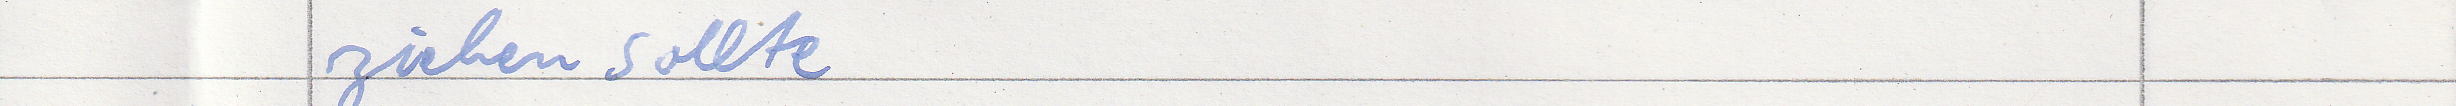
ziehen sollte